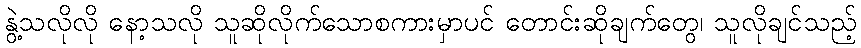
နွဲ့သလိုလို နော့သလို သူဆိုလိုက်သောစကားမှာပင် တောင်းဆိုချက်တွေ၊ သူလိုချင်သည့်